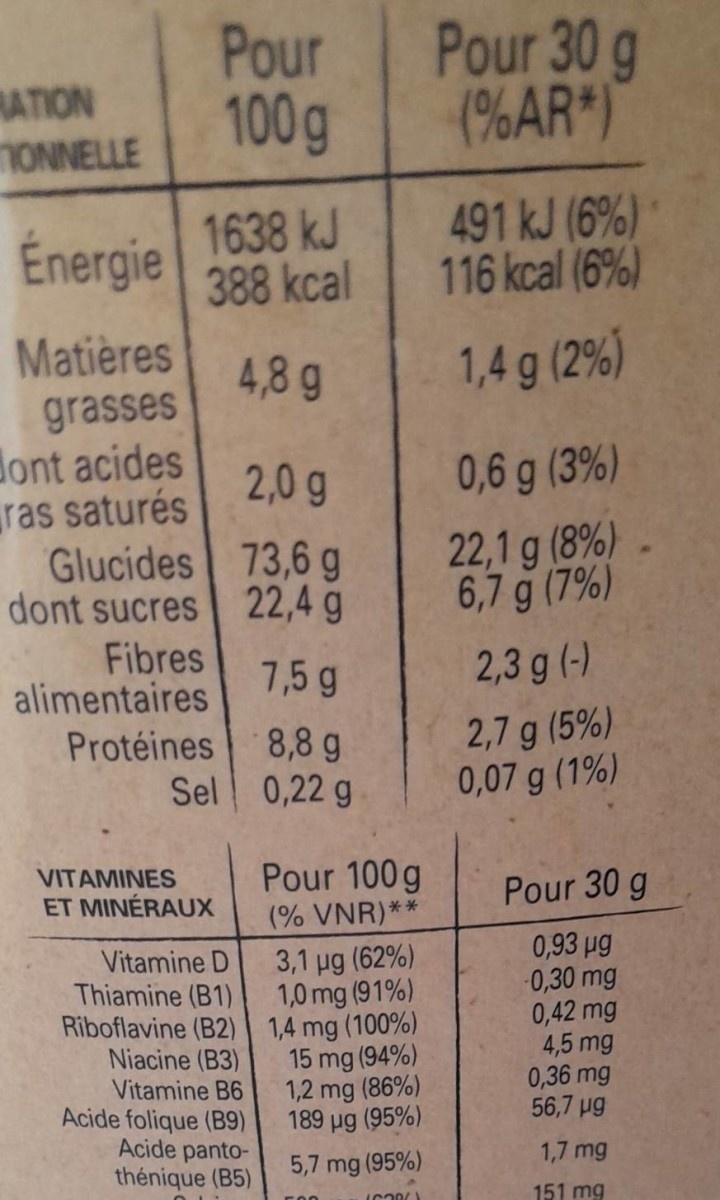
RATION
ONNELLE
Énergie
Matières
grasses
dont acides
ras saturés
1638 kJ
388 kcal
4,8 g
Glucides dont sucres
Fibres
Pour 100 g
alimentaires
Protéines
Sel
VITAMINES ET MINÉRAUX
2,0 g
73,6 g
22,4 g
Vitamine D
Thiamine (B1)
Riboflavine (B2)
Niacine (B3)
Vitamine B6
Acide folique (B9)
Acide pantothénique (B5)
7,5 g
8,8 g
0,22 g
Pour 100g
**
(% VNR)*
3,1 µg (62%)
1,0 mg (91%)
1,4 mg (100%)
15 mg (94%) 1,2 mg (86%)
189 µg (95%)
5,7 mg (95%)
ran
1600/1
Pour 30 g (%AR*)
491 kJ (6%)
116 kcal (6%)
1,4 g (2%)
0,6 g (3%)
22,1 g (8%)
6,7 g (7%)
2,3 g (-)
2,7 g (5%)
0,07 g (1%)
Pour 30 g
0,93 µg
-0,30 mg
0,42 mg
4,5 mg
0,36 mg
56,7 µg
1,7 mg
151 mg